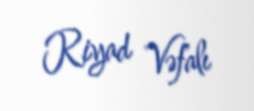
Riyad Vəfalı